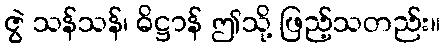
ဇွဲ သန်သန်၊ ဓိဋ္ဌာန် ဤသို့ ဖြည့်သတည်း။